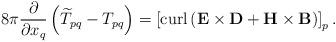
LaTeX: \begin{align*}8\pi\frac{\partial}{\partial x_{q}}\left( \widetilde{T}_{pq}-T_{pq}\right)=\left[ \operatorname{curl}\left( \mathbf{E\times D}+\mathbf{H}\times\mathbf{B}\right) \right] _{p}. \end{align*}